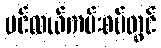
ပင်လယ်ကမ်းစပ်တွင်